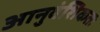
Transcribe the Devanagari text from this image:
आनुवंशिकतः